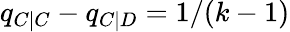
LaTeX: q_{C|C}-q_{C|D}=1/(k-1)